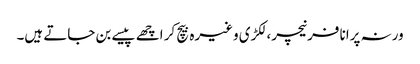
ورنہ پرانا فرنیچر، لکڑی وغیرہ بیچ کر اچھے پیسے بن جاتے ہیں۔